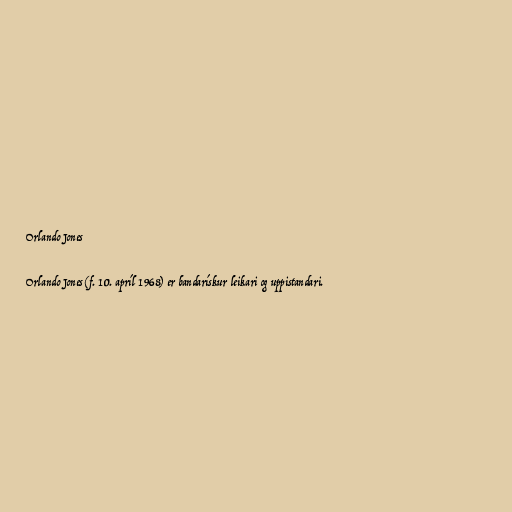
Orlando Jones

Orlando Jones (f. 10. apríl 1968) er bandarískur leikari og uppistandari.